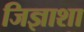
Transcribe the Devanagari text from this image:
जिज्ञाशा